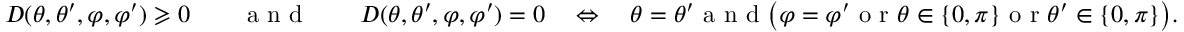
D ( \theta , \theta ^ { \prime } , \varphi , \varphi ^ { \prime } ) \geqslant 0 \qquad \textnormal { a n d } \qquad D ( \theta , \theta ^ { \prime } , \varphi , \varphi ^ { \prime } ) = 0 \quad \Leftrightarrow \quad \theta = \theta ^ { \prime } \textnormal { a n d } \big ( \varphi = \varphi ^ { \prime } \textnormal { o r } \theta \in \{ 0 , \pi \} \textnormal { o r } \theta ^ { \prime } \in \{ 0 , \pi \} \big ) .